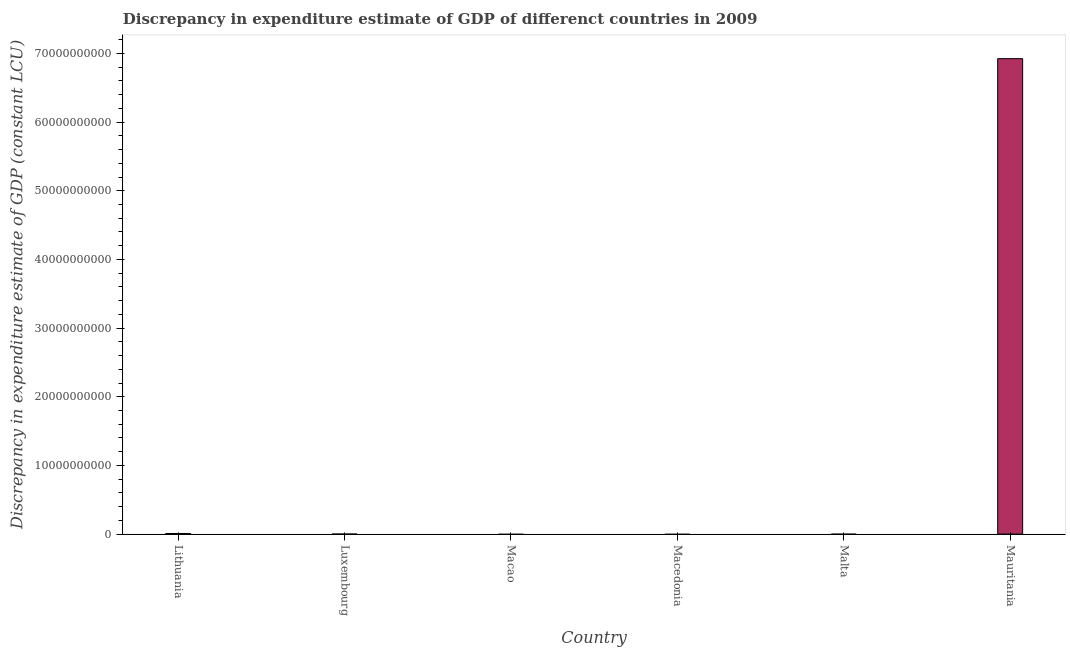
| Country | Discrepancy constant LCU |
 | --- | --- |
 | Lithuania | 9.07e+07 |
 | Luxembourg | -9e+05 |
 | Macao | -8.39e+08 |
 | Macedonia | -8.64e+08 |
 | Malta | -1.96e+07 |
 | Mauritania | 6.92e+10 |